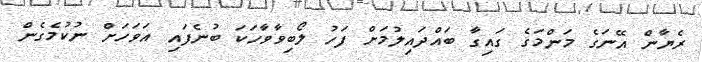
ރެޔާން އޭނަގެ މަންމަގެ ގައިގާ ބައްދައިލުމަށް ފަހު ލޯބިވާވާހަކަ ބުނެފައި އަވަހަށް ނުކުމެގެން